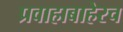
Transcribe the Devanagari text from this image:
प्रवाहाबाहेरच